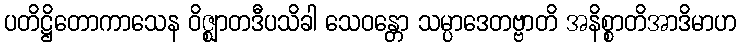
ပတိဋ္ဌိတောကာသေန ဝိဇ္ဈာတဒီပသိခါ သေဝန္တော သမ္ပာဒေတဗ္ဗာတိ အနိစ္စာတိအာဒိမာဟ